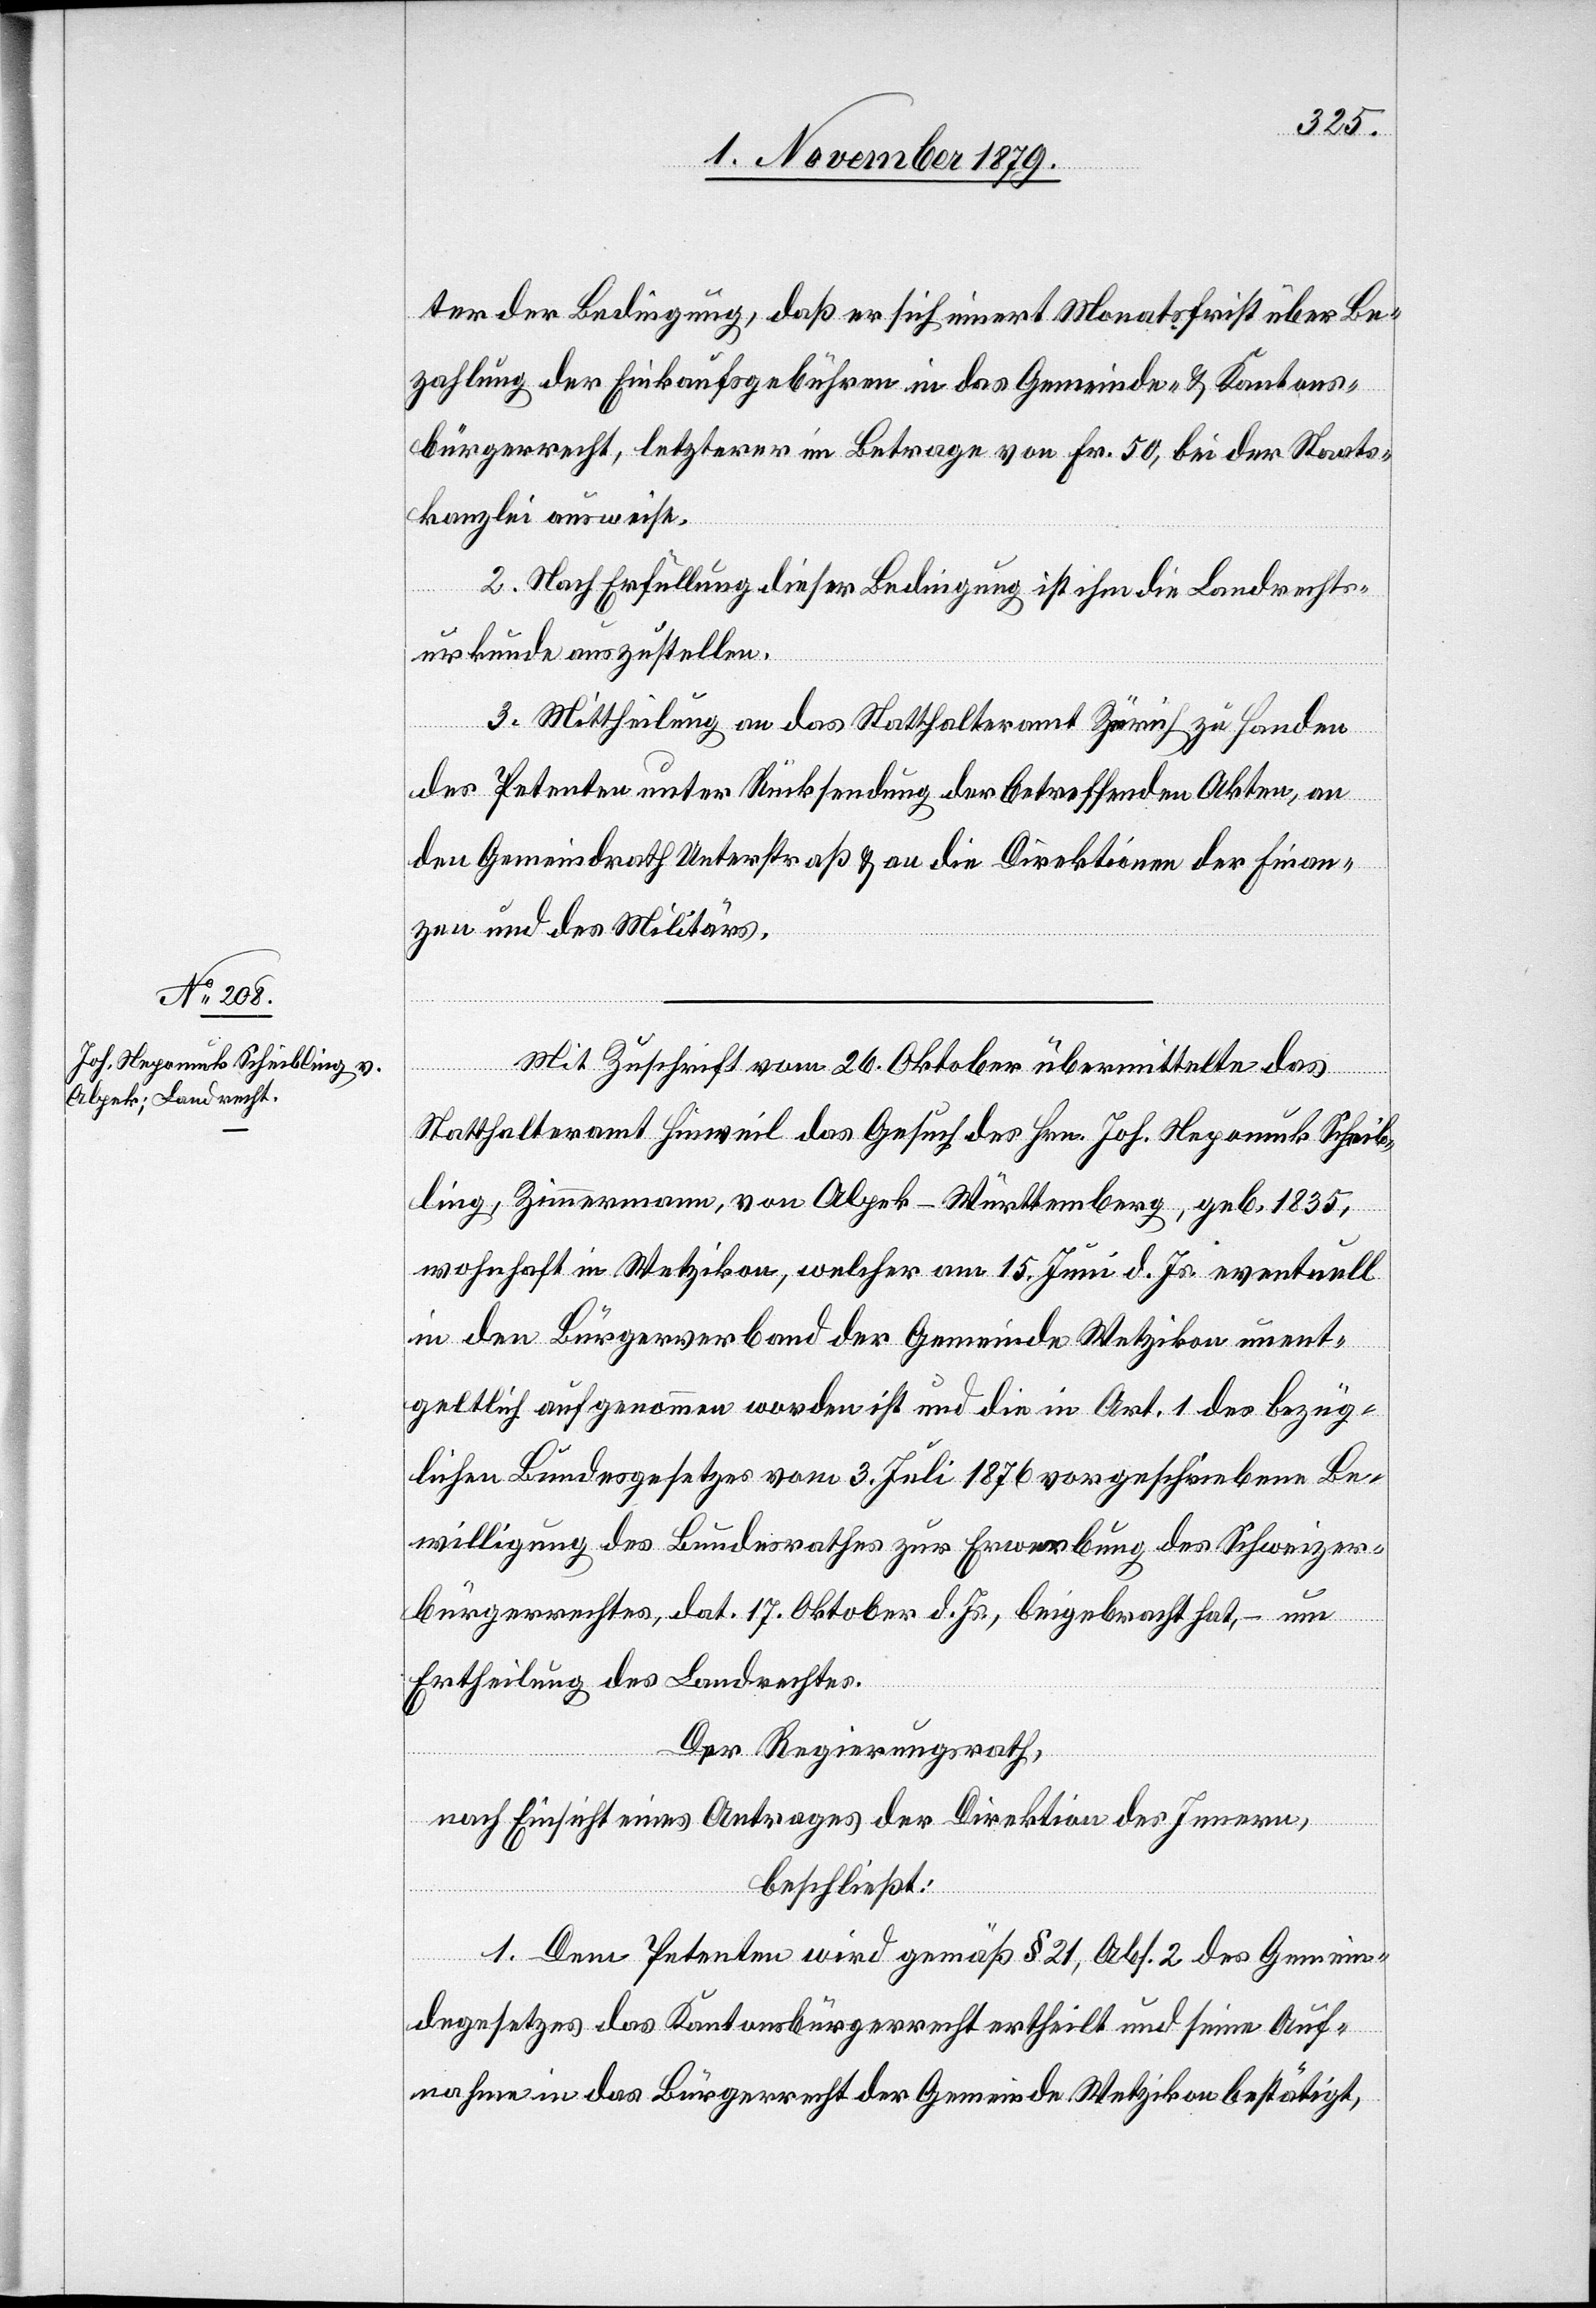
ter der Bedingung, daß er sich innert Monatsfrist über Be¬
zahlung der Einkaufsgebühren in das Gemeinde- & Kantons¬
bürgerrecht, letzterer im Betrage von Fr. 50, bei der Staats¬
kanzlei ausweise.
2. Nach Erfüllung dieser Bedingung ist ihm die Landrechts¬
urkunde auszustellen.
3. Mittheilung an das Statthalteramt Zürich zu Handen
des Petenten unter Rücksendung der betreffenden Akten, an
den Gemeindrath Unterstraß & an die Direktion der Finan¬
zen und des Militärs.
Mit Zuschrift vom 26. Oktober übermittelte das
Statthalteramt Hinweil das Gesuch des Hrn. Joh. Nepomuk Scheib¬
ling, Zimmermann, von Alpek - Württemberg, geb. 1835,
wohnhaft in Wetzikon, welcher am 15. Juni d. Js. eventuell
in den Bürgerverband der Gemeinde Wetzikon unent¬
geltlich aufgenommen worden ist und die in Art. 1 des bezüg¬
lichen Bundesgesetzes vom 3. Juli 1876 vorgeschriebene Be¬
willigung des Bundesrathes zur Erwerbung des Schweizer¬
bürgerrechtes, dat. 17. Oktober d. Js., beigebracht hat, – um
Ertheilung des Landrechtes.
Der Regierungsrath,
nach Einsicht eines Antrages der Direktion des Innern,
beschließt:
1. Dem Petenten wird gemäß § 21, Abs. 2 des Gemein¬
degesetzes das Kantonsbürgerrecht ertheilt und seine Auf¬
nahme in das Bürgerrecht der Gemeinde Wetzikon bestätigt,